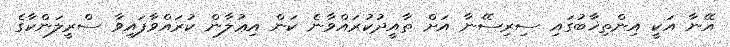
އޭނާ އަކީ އިންތިޚާބުގައި ސިރިސޭނާ އަށް ތާއީދުކުރައްވާނެ ކަން އިޢުލާން ކުރައްވާފައިވާ ސްރީލަންކާގެ